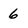
Character: 6